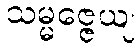
သမ္မဇ္ဇေယျ